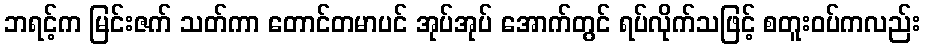
ဘရင့်က မြင်းဇက် သတ်ကာ တောင်တမာပင် အုပ်အုပ် အောက်တွင် ရပ်လိုက်သဖြင့် စတူးဝပ်ကလည်း